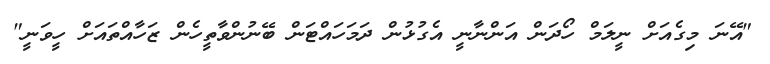
"އޭނަ މިގެއަށް ނީލަމް ހޯދަން އަންނާނީ އެގުޅުން ދަމަހައްޓަން ބޭނުންވާތީހެން ޒަހާއްތައަށް ހީވަނީ"